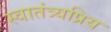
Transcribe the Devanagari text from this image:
स्वातंत्र्यप्रिय